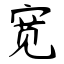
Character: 宽